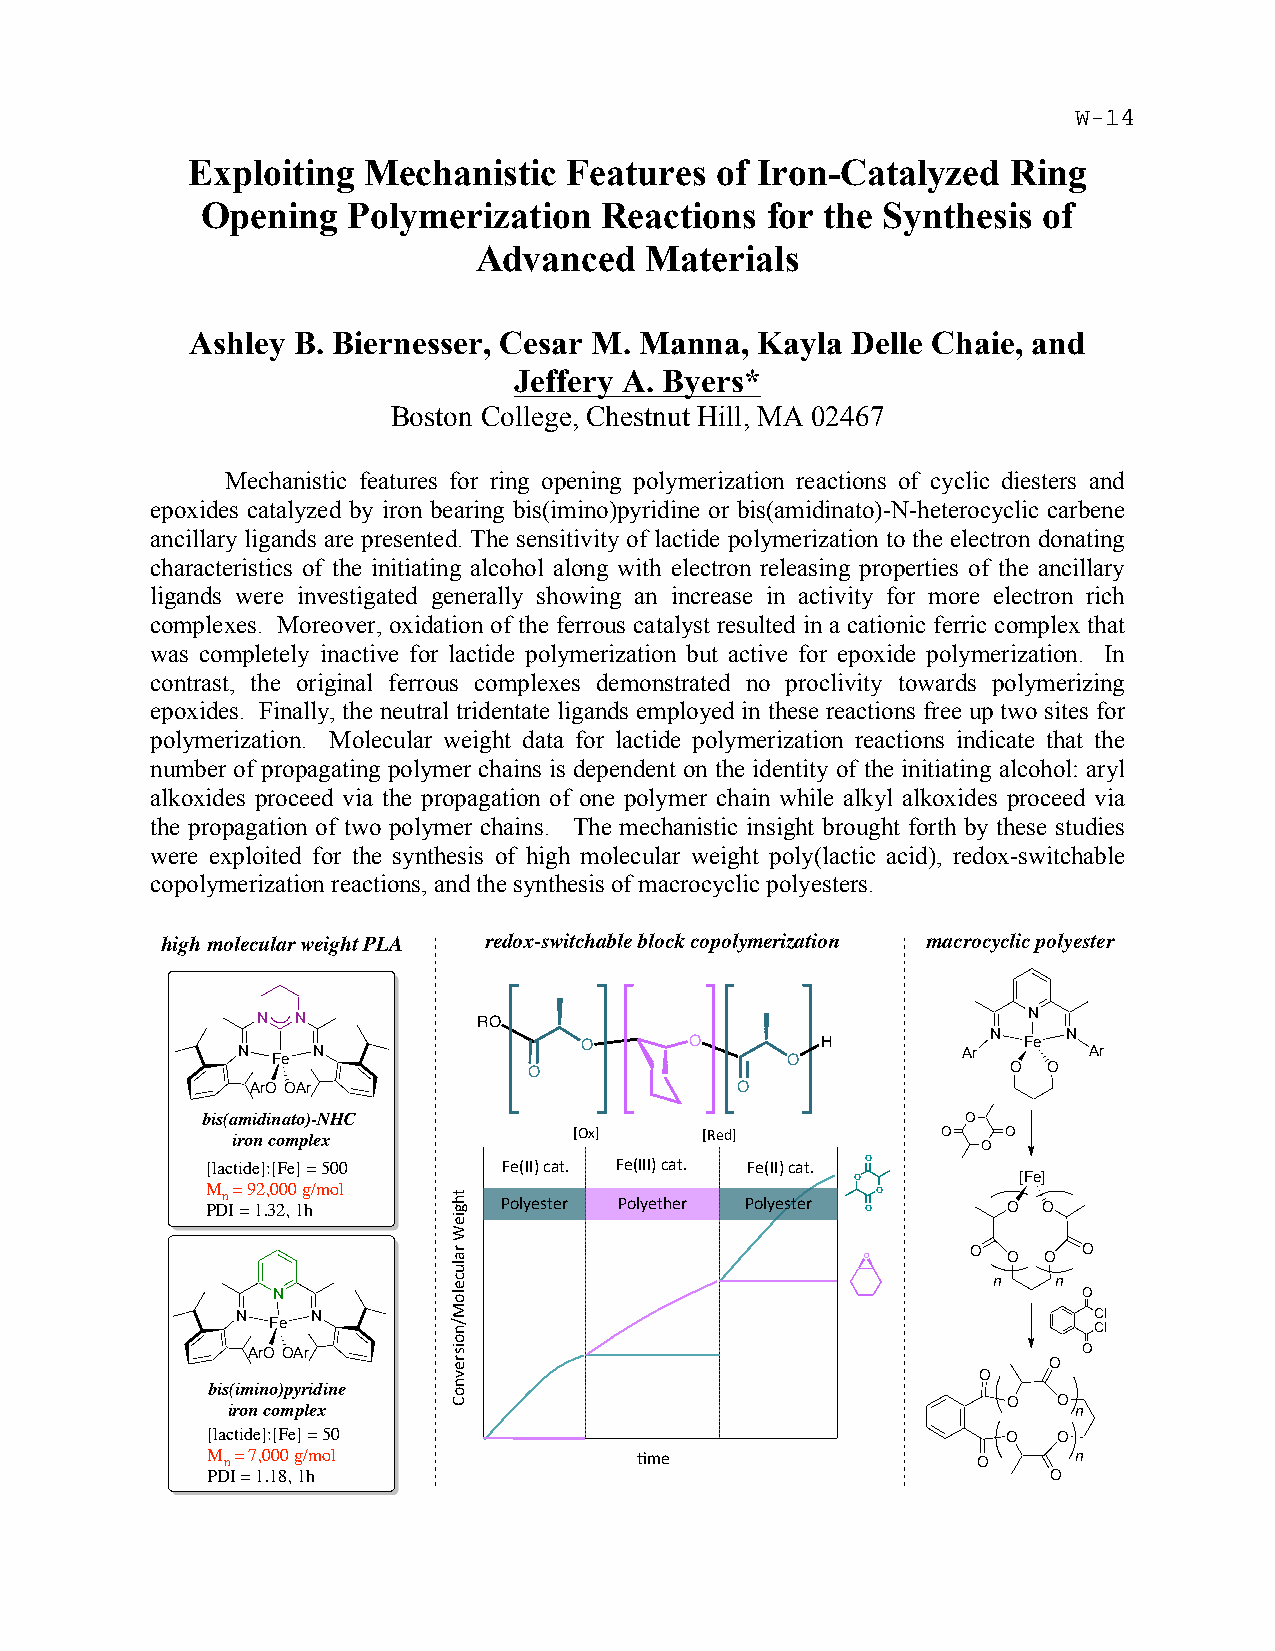
Exploiting  Mechanistic   Features of Iron-Catalyzed   Ring
 Opening   Polymerization   Reactions  for the Synthesis of
 Advanced    Materials
 Ashley B. Biernesser, Cesar M. Manna, Kayla Delle Chaie, and
 Jeffery A. Byers*
 Boston College, Chestnut Hill, MA 02467
 Mechanistic features for ring opening polymerization reactions of cyclic diesters and
 epoxides catalyzed by iron bearing bis(imino)pyridine or bis(amidinato)-N-heterocyclic carbene
 ancillary ligands are presented. The sensitivity of lactide polymerization to the electron donating
 characteristics of the initiating alcohol along with electron releasing properties of the ancillary
 ligands were investigated generally showing an increase in activity for more electron rich
 complexes. Moreover, oxidation of the ferrous catalyst resulted in a cationic ferric complex that
 was completely inactive for lactide polymerization but active for epoxide polymerization. In
 contrast, the original ferrous complexes demonstrated no proclivity towards polymerizing
 epoxides. Finally, the neutral tridentate ligands employed in these reactions free up two sites for
 polymerization. Molecular weight data for lactide polymerization reactions indicate that the
 number of propagating polymer chains is dependent on the identity of the initiating alcohol: aryl
 alkoxides proceed via the propagation of one polymer chain while alkyl alkoxides proceed via
 the propagation of two polymer chains. The mechanistic insight brought forth by these studies
 were exploited for the synthesis of high molecular weight poly(lactic acid), redox-switchable
 copolymerization reactions, and the synthesis of macrocyclic polyesters.
 high molecular weight PLA redox-switchable block copolymerization macrocyclic polyester
 N  N           RO                                  N
 N Fe N                O       O     O H         Ar N Fe N Ar
 O                               O O
 ArO OAr                         O
 bis(amidinato)-NHC                                 O
 iron complex           6789$   6:#;9$          O  O O
 [lactide]:[Fe] = 500 >#?@@A$/15B$ >#?@@@A$/15B$ >#?@@A$/15B$ O
 O         [Fe]
 M n = 92,000 g/mol                          O
 PDI = 1.32, 1h     <&.=#*5#) <&.=#54#)$ <&.=#*5#)$ O O O
 $$
 O       O
 O         O O
 n   n
 N                                                     O
 N    N                                                  Cl
 Fe                                                    Cl
 ArO OAr                                                 O
 O
 O
 bis(imino)pyridine
 O  O
 iron complex                                            n
 [lactide]:[Fe] = 50                                  O  O
 M n = 7,000 g/mol           !"#$                   O     n
 PDI = 1.18, 1h                                         O
 $543+#2$)1.0/#.&-,'&+*)#('&%